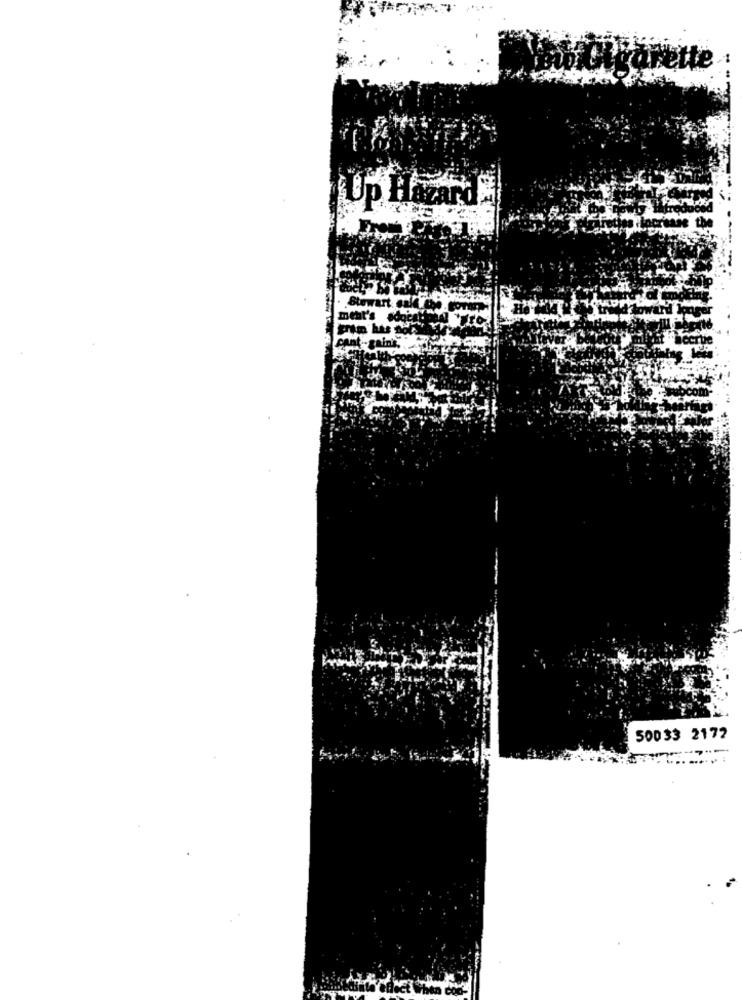
Ette
Up Hazard
50033 2172